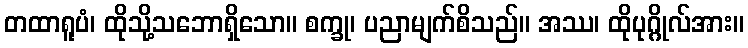
တထာရူပံ၊ ထိုသို့သဘောရှိသော။ စက္ခု၊ ပညာမျက်စိသည်။ အဿ၊ ထိုပုဂ္ဂိုလ်အား။